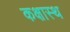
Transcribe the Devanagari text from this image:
कक्षास्थ